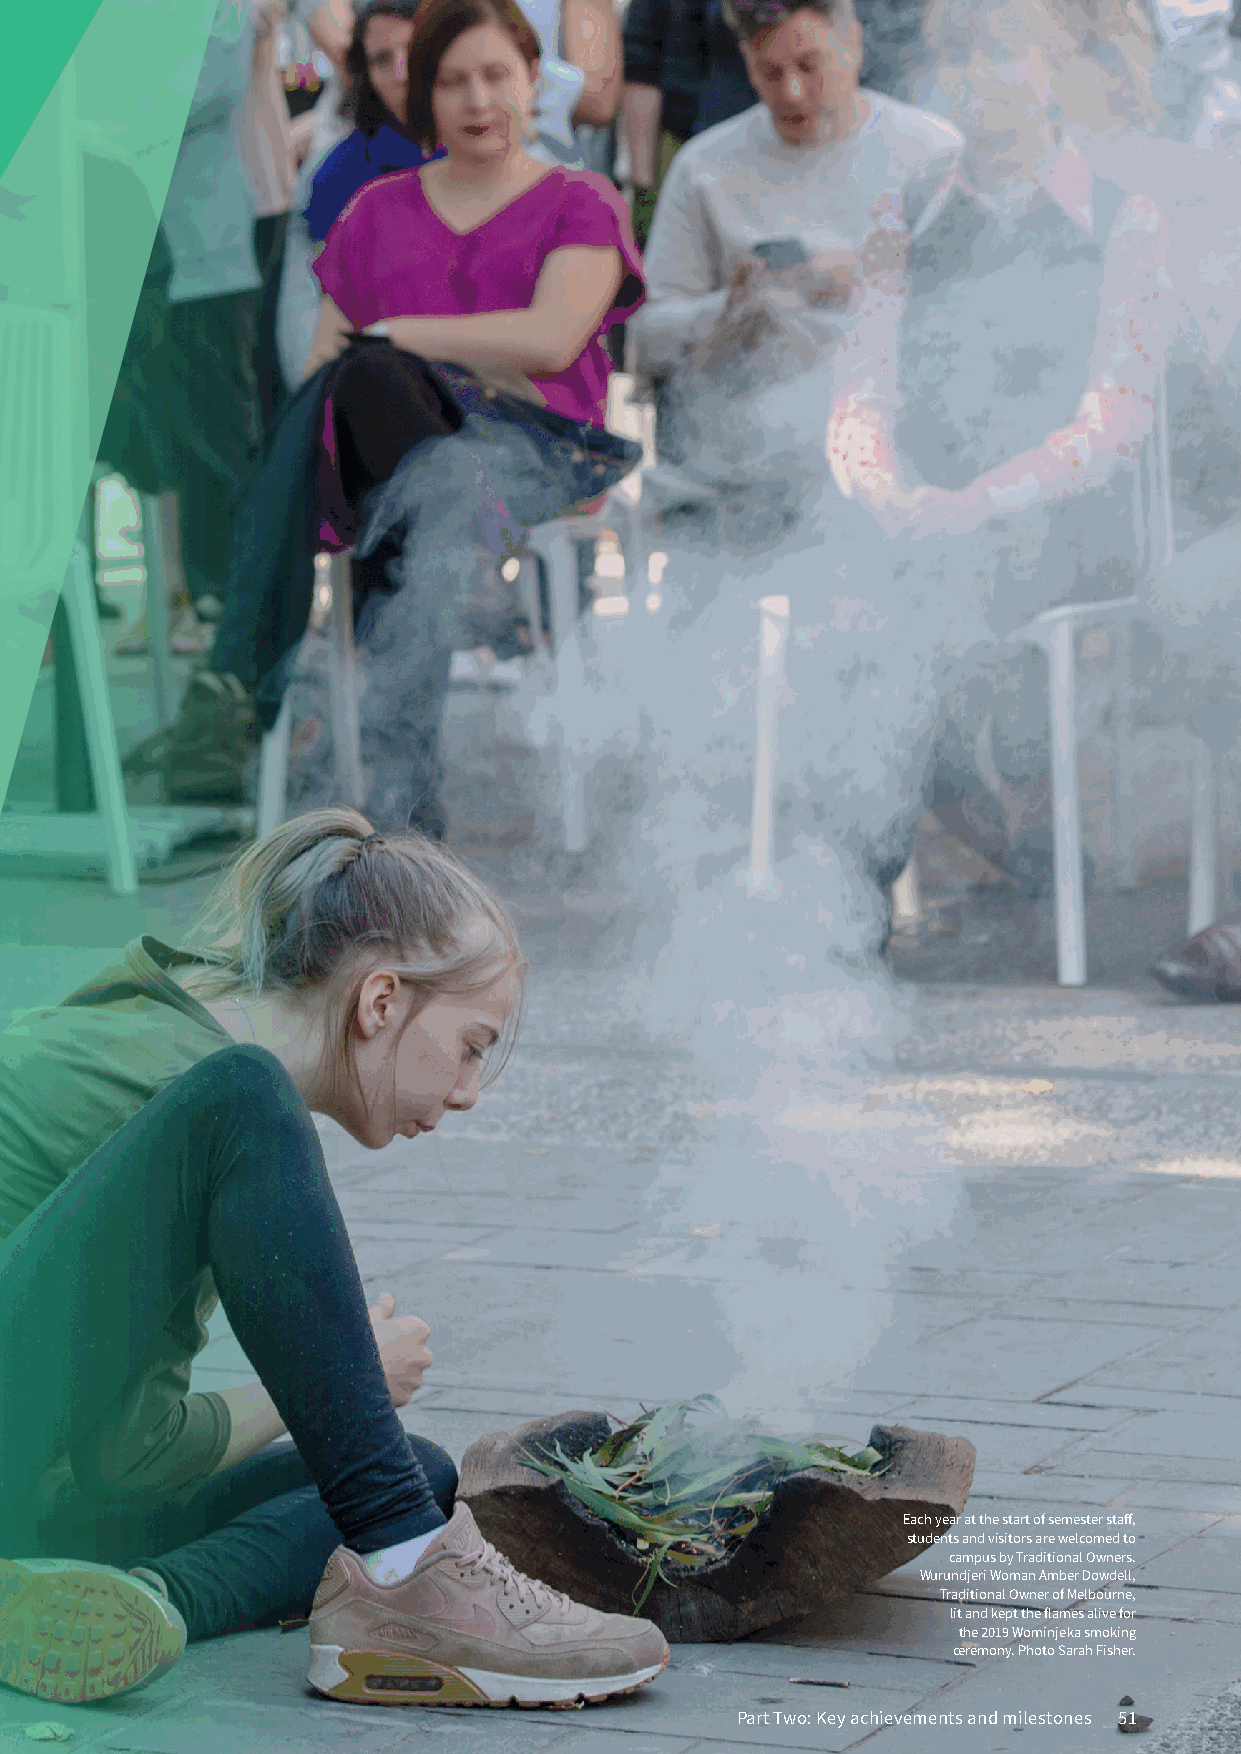
Each year at the start of semester staff,
 students and visitors are welcomed to
 campus by Traditional Owners.
 Wurundjeri Woman Amber Dowdell,
 Traditional Owner of Melbourne,
 lit and kept the flames alive for
 the 2019 Wominjeka smoking
 ceremony. Photo Sarah Fisher.
 Part Two: Key achievements and milestones 51